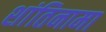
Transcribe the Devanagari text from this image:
शांतिनामा